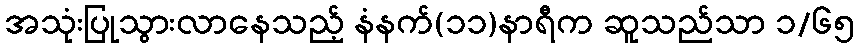
အသုံးပြုသွားလာနေသည့် နံနက်(၁၁)နာရီက ဆူသည်သာ ၁/၆၅